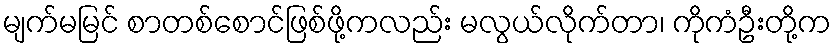
မျက်မမြင် စာတစ်စောင်ဖြစ်ဖို့ကလည်း မလွယ်လိုက်တာ၊ ကိုကံဦးတို့က